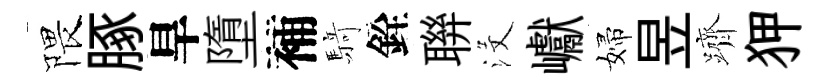
隈䐁旱墮補𮪍銓聨沒巘婦昱躋狎